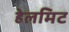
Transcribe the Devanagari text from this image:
हेलमिट